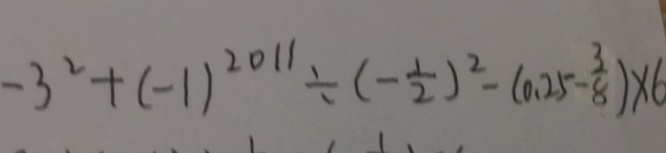
- 3 ^ { 2 } + ( - 1 ) ^ { 2 0 1 1 } \div ( - \frac { 1 } { 2 } ) ^ { 2 } - ( 0 . 2 5 - \frac { 3 } { 8 } ) \times 6